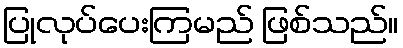
ပြုလုပ်ပေးကြမည် ဖြစ်သည်။